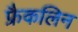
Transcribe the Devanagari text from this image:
फ्रैकलिन